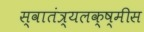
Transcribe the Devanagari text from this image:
स्वातंत्र्यलक्ष्मीस